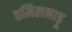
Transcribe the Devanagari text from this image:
तमिलनाड़ू